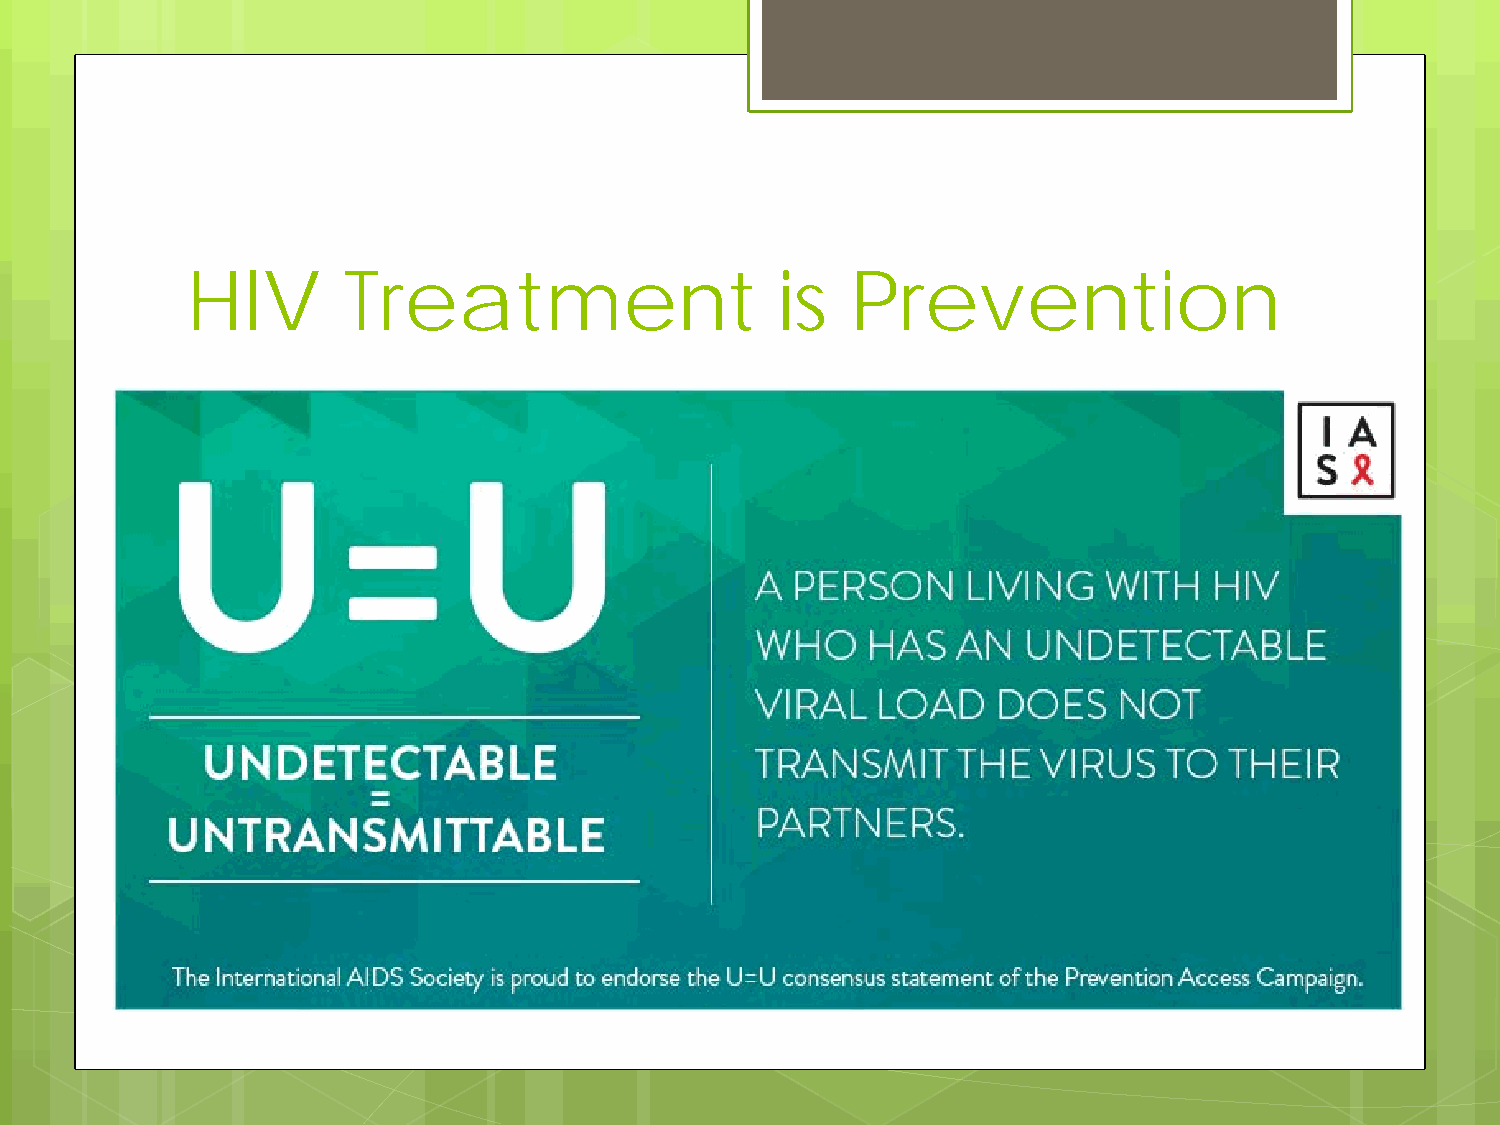
HIV        Treatment                   is   Prevention